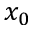
x _ { 0 }